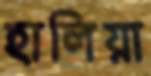
হালিয়া